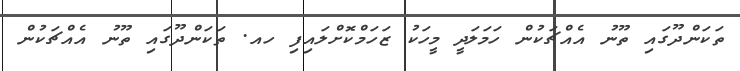
ތަކަންދޫގައި ތޫނު އެއްޗަކުން ހަމަލަދީ މީހަކު ޒަހަމްކޮށްލައިފި ހއ. ތަކަންދޫގައި ތޫނު އެއްޗަކުން